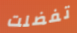
تفضلت